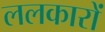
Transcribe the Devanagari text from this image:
ललकारों